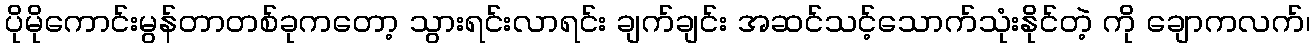
ပိုမိုကောင်းမွန်တာတစ်ခုကတော့ သွားရင်းလာရင်း ချက်ချင်း အဆင်သင့်သောက်သုံးနိုင်တဲ့ ကို ချောကလက်၊